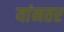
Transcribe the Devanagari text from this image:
यांनतर